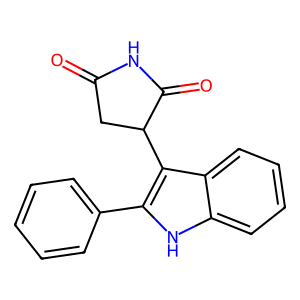
SMILES: O=C1CC(c2c(-c3ccccc3)[nH]c3ccccc23)C(=O)N1
Inhibits HIV replication: No